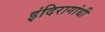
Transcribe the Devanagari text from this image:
इंदिरागांधी